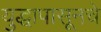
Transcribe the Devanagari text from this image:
युद्धापासूनचे